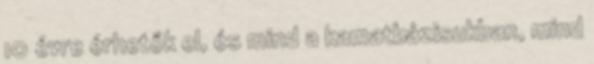
10 évre érhetők el, és mind a kamatbázisukban, mind